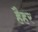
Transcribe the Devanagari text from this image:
हैहर